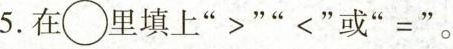
5.在 \bigcirc 里填上“>”“<”或“=”。